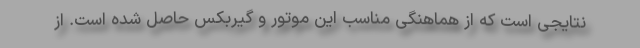
نتایجی است که از هماهنگی مناسب این موتور و گیربکس حاصل شده است. از